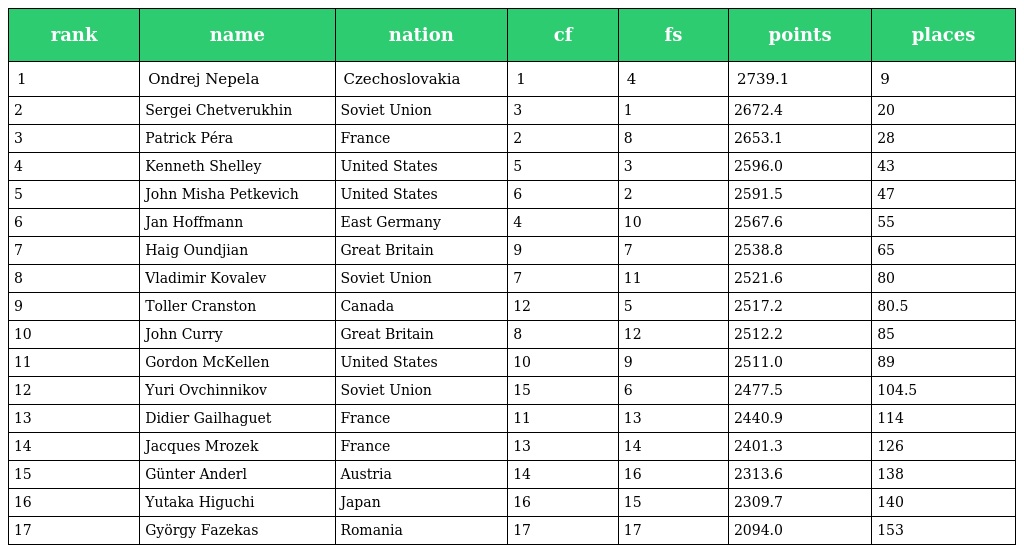
| rank | name | nation | cf | fs | points | places |
 | --- | --- | --- | --- | --- | --- | --- |
 | 1 | Ondrej Nepela | Czechoslovakia | 1 | 4 | 2739.1 | 9 |
 | 2 | Sergei Chetverukhin | Soviet Union | 3 | 1 | 2672.4 | 20 |
 | 3 | Patrick Péra | France | 2 | 8 | 2653.1 | 28 |
 | 4 | Kenneth Shelley | United States | 5 | 3 | 2596.0 | 43 |
 | 5 | John Misha Petkevich | United States | 6 | 2 | 2591.5 | 47 |
 | 6 | Jan Hoffmann | East Germany | 4 | 10 | 2567.6 | 55 |
 | 7 | Haig Oundjian | Great Britain | 9 | 7 | 2538.8 | 65 |
 | 8 | Vladimir Kovalev | Soviet Union | 7 | 11 | 2521.6 | 80 |
 | 9 | Toller Cranston | Canada | 12 | 5 | 2517.2 | 80.5 |
 | 10 | John Curry | Great Britain | 8 | 12 | 2512.2 | 85 |
 | 11 | Gordon McKellen | United States | 10 | 9 | 2511.0 | 89 |
 | 12 | Yuri Ovchinnikov | Soviet Union | 15 | 6 | 2477.5 | 104.5 |
 | 13 | Didier Gailhaguet | France | 11 | 13 | 2440.9 | 114 |
 | 14 | Jacques Mrozek | France | 13 | 14 | 2401.3 | 126 |
 | 15 | Günter Anderl | Austria | 14 | 16 | 2313.6 | 138 |
 | 16 | Yutaka Higuchi | Japan | 16 | 15 | 2309.7 | 140 |
 | 17 | György Fazekas | Romania | 17 | 17 | 2094.0 | 153 |